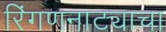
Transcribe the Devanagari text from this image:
रिंगणनाट्याचा